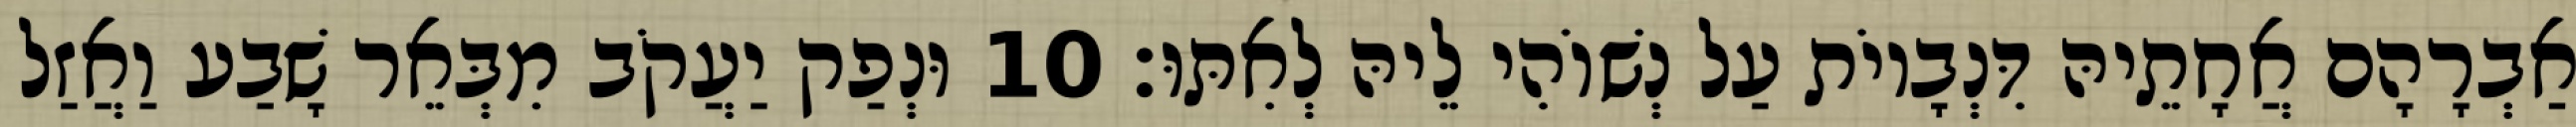
אַבְרָהָם אֲחָתֵיהּ דִּנְבָיוֹת עַל נְשׁוֹהִי לֵיהּ לְאִתּוּ׃ 10 וּנְפַק יַעֲקֹב מִבְּאֵר שָׁבַע וַאֲזַל